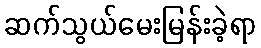
ဆက်သွယ်မေးမြန်းခဲ့ရာ